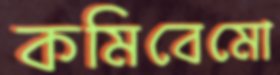
কমিবেমো